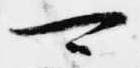
可